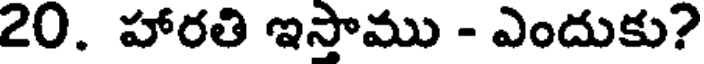
20. హారతి ఇస్తాము - ఎందుకు?